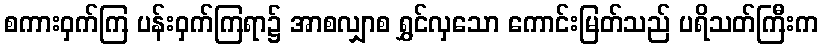
စကားဝှက်ကြ ပန်းဝှက်ကြရာ၌ အာစလျှာစ ရွှင်လှသော ကောင်းမြတ်သည် ပရိသတ်ကြီးက